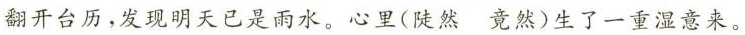
翻开台历，发现明天已是雨水。心里(陡然竟然)生了一重湿意来。